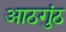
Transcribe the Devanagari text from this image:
आठगुंठ